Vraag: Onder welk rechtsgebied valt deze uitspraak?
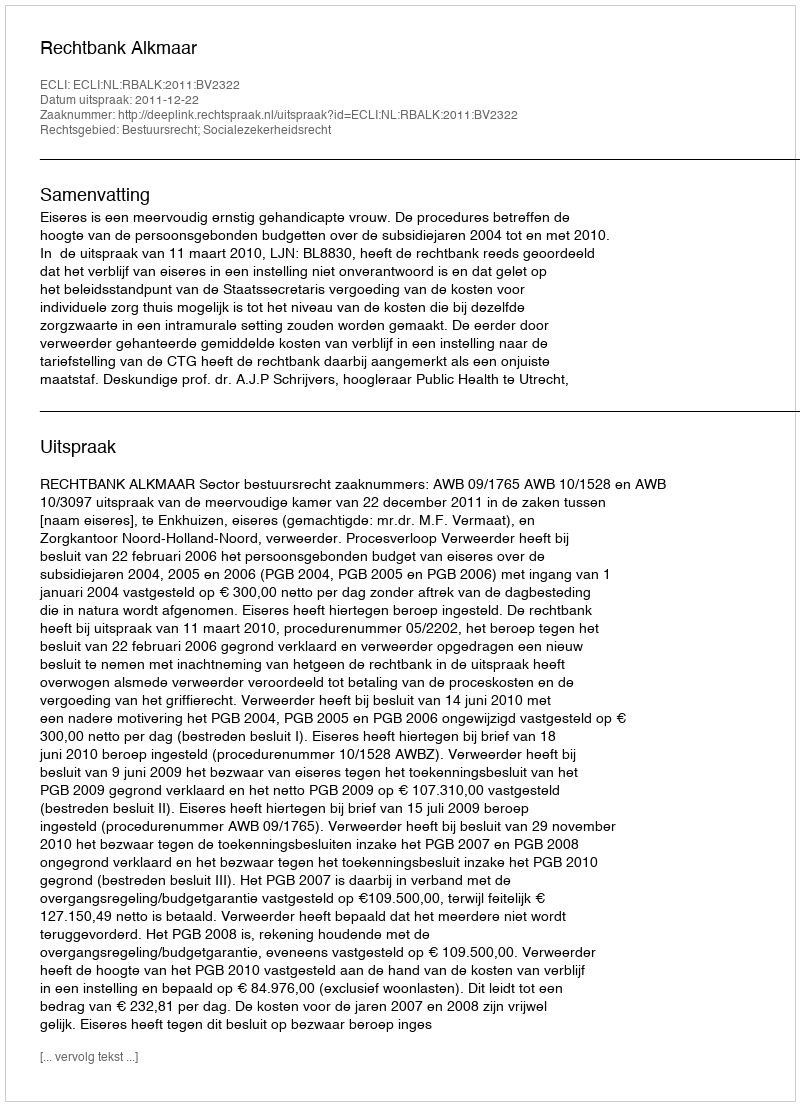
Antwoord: Bestuursrecht; Socialezekerheidsrecht